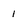
Character: 1